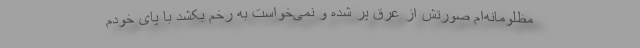
مظلومانه‌ام صورتش از عرق پُر شده و نمی‌خواست به رخم بکشد با پای خودم